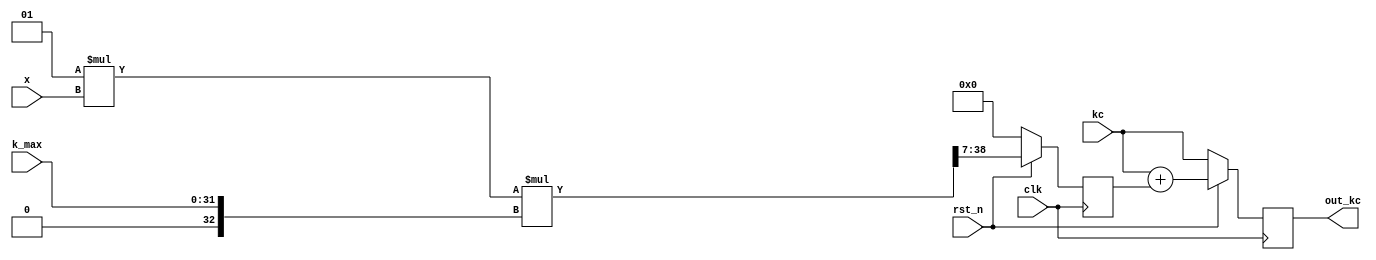
// fc_out = sin_fm * delta_f_max + fc0
module FM_mod #(parameter W = 32)(
	input clk, rst_n,
	input signed [7:0] x,     //Q1.7
	input [W-1 : 0] k_max,	  //Q32.0
	input [W-1 : 0] kc,	  //Q32.0
	output reg [W-1 : 0] out_kc	  //Q32.0
);
	wire signed [W:0] sk_max = k_max; //Q33.0
	reg signed [W-1:0] f_shift;initial f_shift = 'b0;
	always@(posedge clk)begin
		if(~rst_n)	f_shift <= 'b0;
		else 	f_shift <= (41'sb1 * x * sk_max) >>> 7;
	end

	initial out_kc = 'b0;
	always@(posedge clk)begin
		if(~rst_n) out_kc <= kc;
		else out_kc <= kc + f_shift;

	end


endmodule